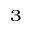
^ { 3 }